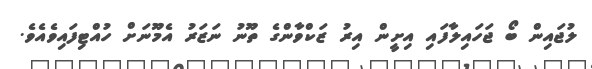
ލުޖައިން ބޯ ޖަހައިލާފައި އިށީން އިރު ޒަކްވާންގެ ތޫނު ނަޒަރު އެމޫނަށް ހުއްޓިފައިވެއެވެ.